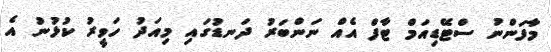
މާފަންނު ސްޓޭޑިއަމް ޓާފް އެއް ނަންބަރު ދަނޑުގައި މިއަދު ހަވީރު ކުޅުނު އެ